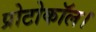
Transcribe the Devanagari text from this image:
प्रोटोकॉल।